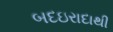
બદઇરાદાથી